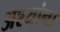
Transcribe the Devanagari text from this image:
अश्यांना